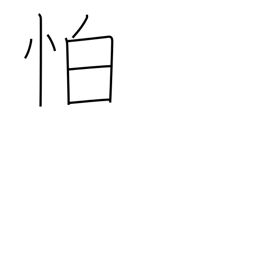
Meaning: afraid